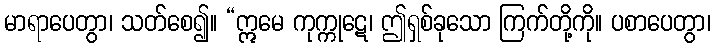
မာရာပေတွာ၊ သတ်စေ၍။ “ဣမေ ကုက္ကုဋေ၊ ဤရှစ်ခုသော ကြက်တို့ကို။ ပစာပေတွာ၊